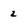
Character: 2